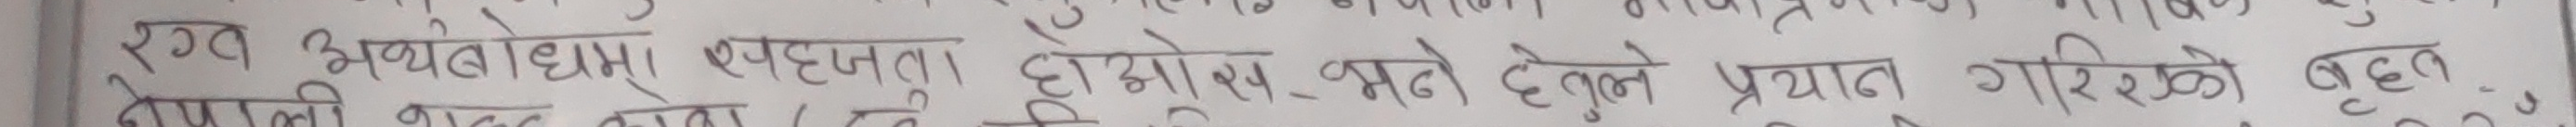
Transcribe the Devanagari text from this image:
रगत, अबोमधम् स्पष्टता। होमोस भन्ने हुनाले प्रयाण गरिएको बृहत